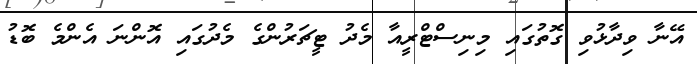
އޭނާ ވިދާޅުވި ގޮތުގައި މިނިސްޓްރީއާ މެދު ޓީޗަރުންގެ މެދުގައި އޮންނަ އެންމެ ބޮޑު